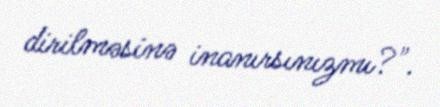
dirilməsinə inanırsınızmı?".